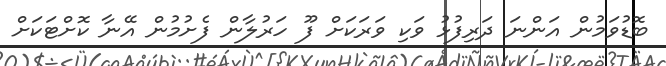
ބޮޑުވަމުން އަންނަ ދަރިފުޅު ވަކި ވަރަކަށް ފޫ ހަރުލާން ފެށުމުން އޭނާ ކޮށްޓަކަށް